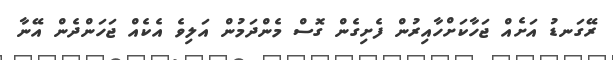
ރޭގަނޑު އަށެއް ޖަހާކަށްހާއިރުން ފެށިގެން ގޮސް މެންދަމުން އަލިވެ އެކެއް ޖަހަންދެން އޭނާ